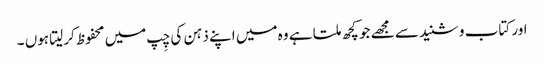
اور کتاب و شنید سے مجھے جو کچھ ملتا ہے وہ میں اپنے ذہن کی چِپ میں محفوظ کرلیتا ہوں ۔